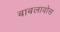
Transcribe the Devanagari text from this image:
बाबलावोस